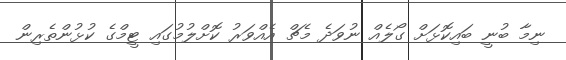
ނިމާ ބުނީ ބައިކޮޅަށް ގޯލެއް ނުވަދެ މެޗް އެއްވަރު ކޮށްލުމުގައި ޓީމްގެ ކުޅުންތެރިން